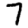
Digit: 7